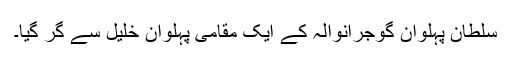
سلطان پہلوان گوجرانوالہ کے ایک مقامی پہلوان خلیل سے گر گیا۔